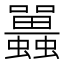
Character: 𧕛